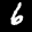
Label: 6